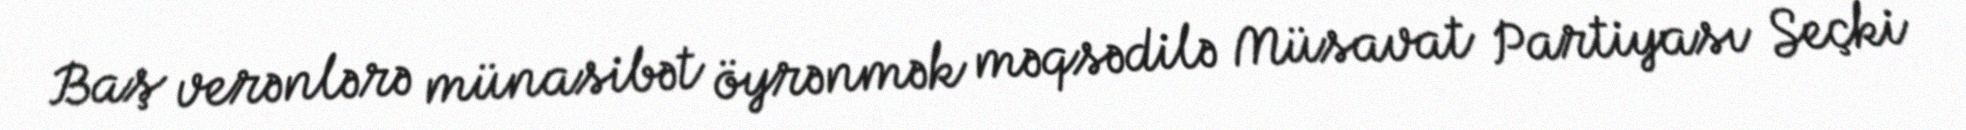
Baş verənlərə münasibət öyrənmək məqsədilə Müsavat Partiyası Seçki